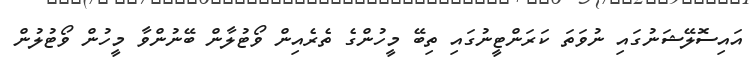
އައިސޮލޭޝަނުގައި ނުވަތަ ކަރަންޓީނުގައި ތިބޭ މީހުންގެ ތެރެއިން ވޯޓުލާން ބޭނުންވާ މީހުން ވޯޓުލުން